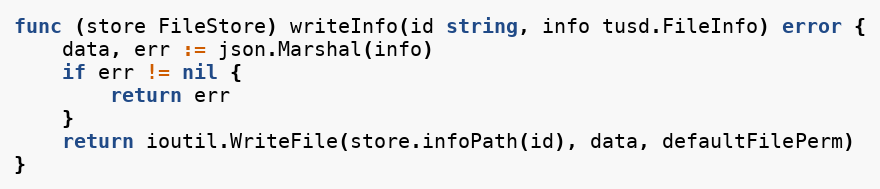
Language: Go
func (store FileStore) writeInfo(id string, info tusd.FileInfo) error {
	data, err := json.Marshal(info)
	if err != nil {
		return err
	}
	return ioutil.WriteFile(store.infoPath(id), data, defaultFilePerm)
}